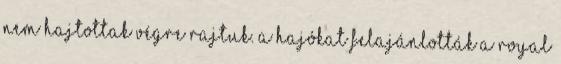
nem hajtottak végre rajtuk. A hajókat felajánlották a Royal